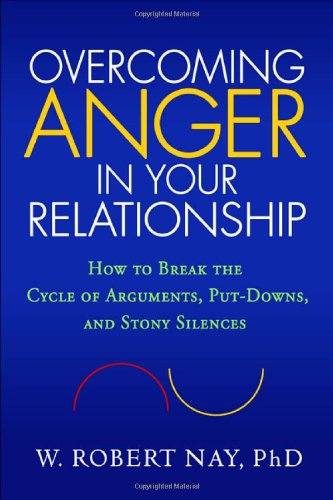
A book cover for Overcoming Anger in Your Relationship: How to Break the Cycle of Arguments, Put-Downs, and Stony Silences; W. Robert Nay Phd; Self-Help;